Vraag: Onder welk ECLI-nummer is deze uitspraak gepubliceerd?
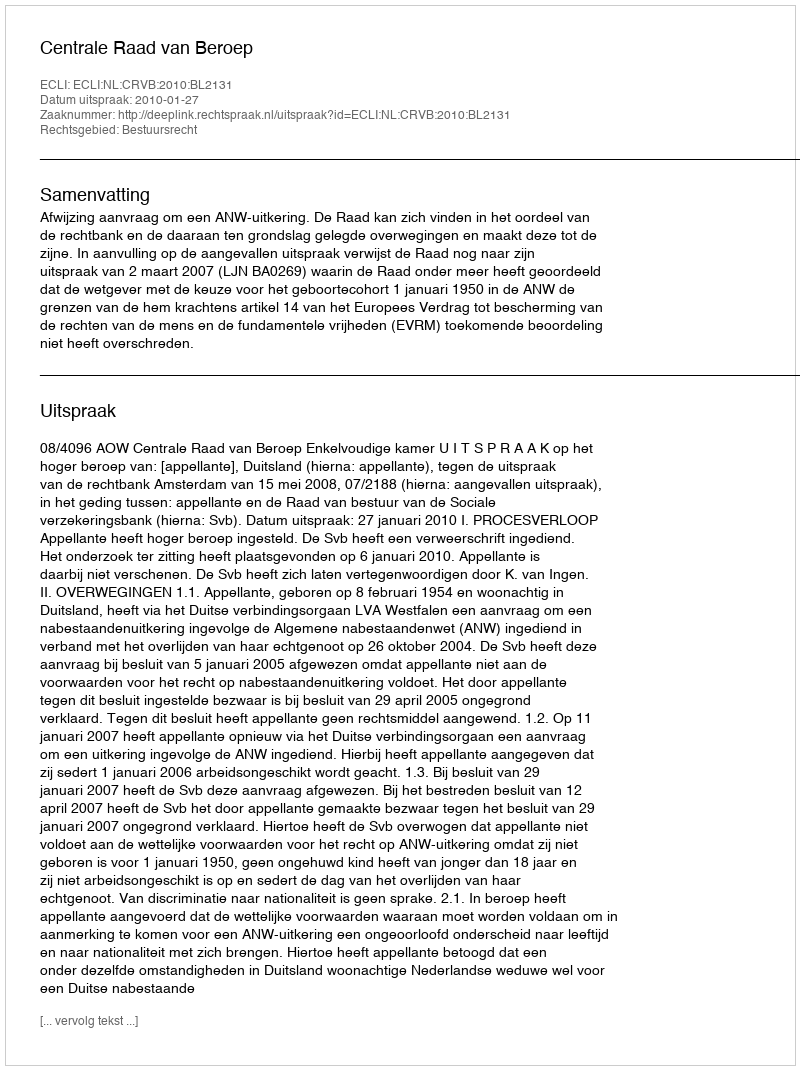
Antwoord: ECLI:NL:CRVB:2010:BL2131